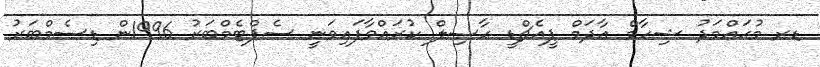
ޑރ މުޙައްމަދު ޝިހާމް އާދަމް ޕީއެޗްޑީ ޙާޞިލް ކުރައްވާފައިވަނީ ސެޕްޓެމްބަރު 1996ން ޑިސެމްބަރު